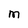
Character: m